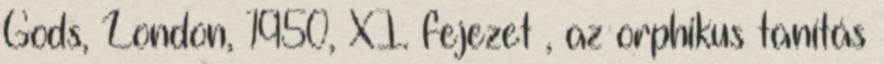
Gods, London, 1950, XI. fejezet , az orphikus tanítás